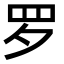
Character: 罗